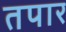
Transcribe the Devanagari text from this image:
तपार